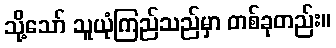
သို့သော် သူယုံကြည်သည်မှာ တစ်ခုတည်း။